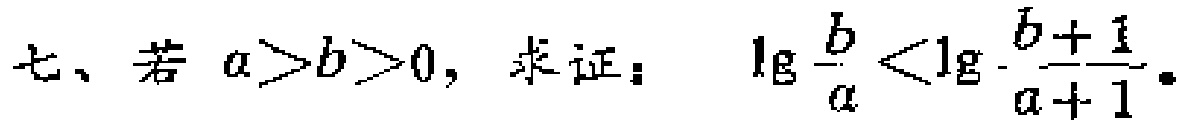
七、若 \(a > b > 0\)，求证：\(\lg\frac{b}{a}<\lg\frac{b + 1}{a + 1}\)。